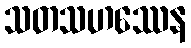
သတသဟဿေန